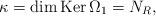
LaTeX: \begin{align*}\kappa=\dim\operatorname{Ker}\Omega_{1}=N_{R}, \end{align*}